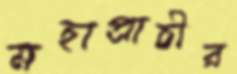
মহাপ্রাচীর